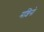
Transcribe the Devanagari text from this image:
मशिनो